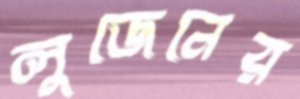
লুজেনের